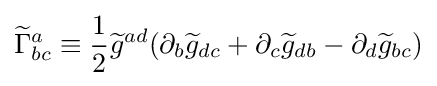
{\widetilde {\Gamma }}_{bc}^{a}\equiv {\frac {1}{2}}{\widetilde {g}}^{ad}(\partial _{b}{\widetilde {g}}_{dc}+\partial _{c}{\widetilde {g}}_{db}-\partial _{d}{\widetilde {g}}_{bc})